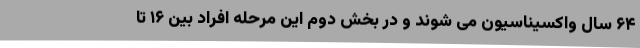
۶۴ سال واکسیناسیون می شوند و در بخش دوم این مرحله افراد بین ۱۶ تا